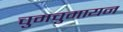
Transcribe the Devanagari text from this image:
चुमचुमायन